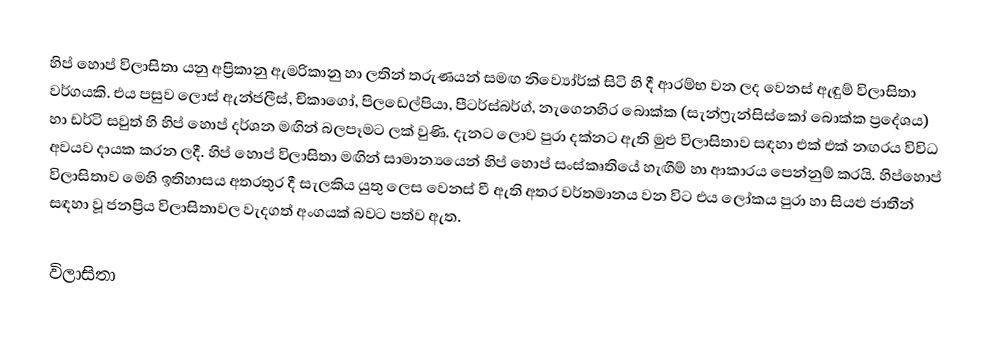
හිප් හොප් විලාසිතා යනු අප්‍රිකානු ඇමරිකානු හා ලතින් තරුණයන් සමඟ නිව්‍යෝර්ක් සිටි හි දී ආරම්භ වන ලද වෙනස් ඇඳුම් විලාසිතා වර්ගයකි. එය පසුව ලොස් ඇන්ජලීස්, චිකාගෝ, පිලඩෙල්පියා, පීටර්ස්බර්ග්, නැගෙනහිර බොක්ක (සැන්ෆ්‍රැන්සිස්කෝ බොක්ක ප්‍රදේශය) හා ඩර්ටි සවුත් හි හිප් හොප් දර්ශන මඟින් බලපෑමට ලක් වුණි. දැනට ලොව පුරා දක්නට ඇති මුළු විලාසිතාව සඳහා එක් එක් නඟරය විවිධ අවයව දායක කරන ලදී. හිප් හොප් විලාසිතා මඟින් සාමාන්‍යයෙන් හිප් හොප් සංස්කෘතියේ හැඟීම් හා ආකාරය පෙන්නුම් කරයි. හිප්‍හොප් විලාසිතාව මෙහි ඉතිහාසය අතරතුර දී සැලකිය යුතු ලෙස වෙනස් වී ඇති අතර වර්තමානය වන විට එය ලෝකය පුරා හා සියළු ජාතීන් සඳහා වූ ජනප්‍රිය විලාසිතාවල වැදගත් අංගයක් බවට පත්ව ඇත.

විලාසිතා